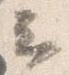
云